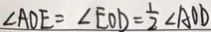
\angle A D E = \angle E O D = \frac { 1 } { 2 } \angle A O D